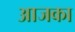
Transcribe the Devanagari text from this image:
आजका